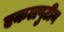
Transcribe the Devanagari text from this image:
एकलपुटीय